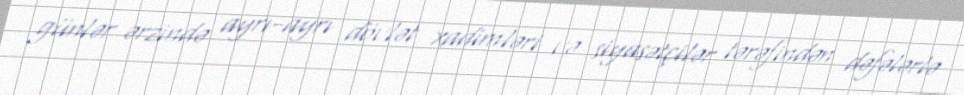
günlər ərzində ayrı-ayrı dövlət xadimləri və siyasətçilər tərəfindən dəfələrlə